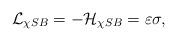
LaTeX: \begin{align*}{\cal L}_{\chi SB} = - {\cal H}_{\chi SB} = \varepsilon \sigma ,\end{align*}